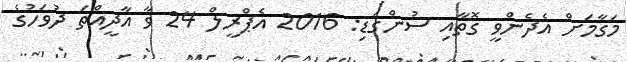
މަގާމަށް އެދެންވީ ގޮތާއި ސުންގަޑި: 2016 އެޕްރީލް 24 ވާ އާދީއްތަ ދުވަހުގެ